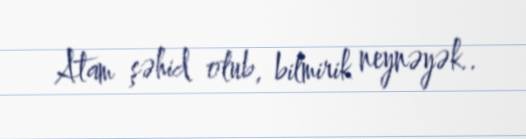
Atam şəhid olub, bilmirik neynəyək..